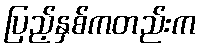
ပြည့်နှစ်ကတည်းက